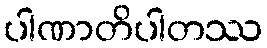
ပါဏာတိပါတဿ